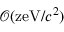
\mathcal { O } ( \mathrm { z e V } / c ^ { 2 } )